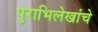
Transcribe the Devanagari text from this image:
पुराभिलेखांचे